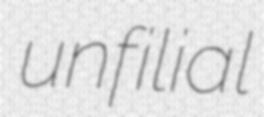
unfilial